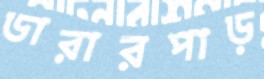
ডারারপাড়